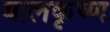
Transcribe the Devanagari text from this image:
बालकृष्‍ण